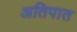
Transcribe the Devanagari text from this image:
अतिपात